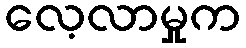
လေ့လာမှုက